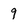
Character: 9